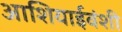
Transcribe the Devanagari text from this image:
आशियाईवंशी